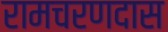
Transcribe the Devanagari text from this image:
रामचरणदास